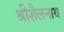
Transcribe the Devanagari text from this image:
श्रीशैलनाथ